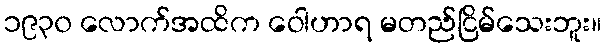
၁၉၃၀ လောက်အထိက ဝေါဟာရ မတည်ငြိမ်သေးဘူး။